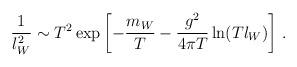
LaTeX: \begin{align*} \frac{1}{l_W^2} \sim T^2 \exp\left[-\frac{m_W}T - \frac{g^2}{4\pi T} \ln(Tl_W)\right]\,.\end{align*}